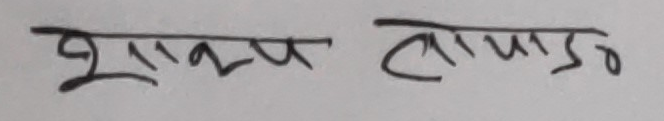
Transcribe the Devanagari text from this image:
भूक्षप तापाडो०